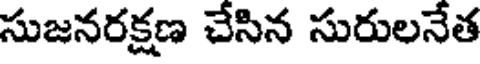
సుజనరక్షణ చేసిన సురులనేత